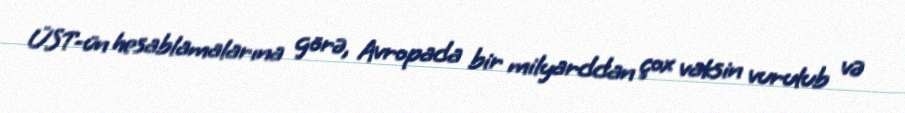
ÜST-ün hesablamalarına görə, Avropada bir milyarddan çox vaksin vurulub və